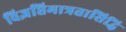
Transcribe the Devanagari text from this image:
विज्ञप्तिमात्रतासिद्धि